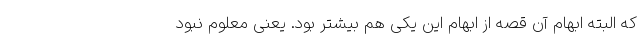
که البته ابهام آن قصه از ابهام این یکی هم بیشتر بود. یعنی معلوم نبود